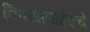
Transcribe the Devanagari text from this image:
विषयाबाहेरचे